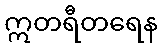
ဣတရီတရေန